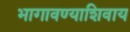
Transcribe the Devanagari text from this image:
भागावण्याशिवाय